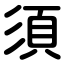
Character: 須